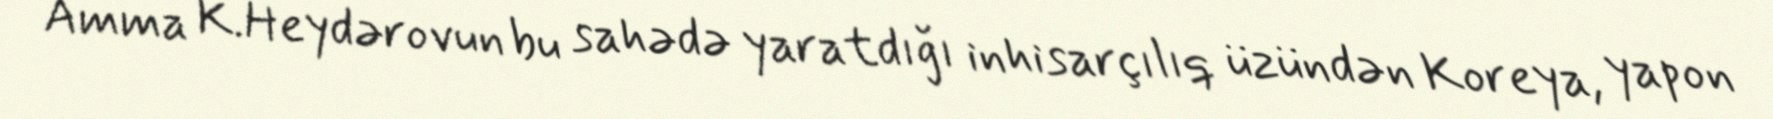
Amma K.Heydərovun bu sahədə yaratdığı inhisarçılıq üzündən Koreya, yapon